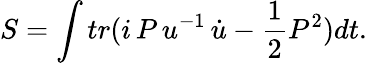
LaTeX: S=\int tr(i\, P\, u^{-1}\, \dot{u}-\frac{1}{2}P^{2})dt.